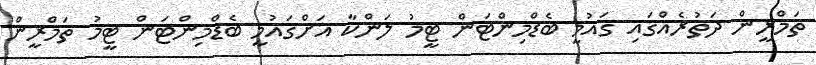
ތަމްރީން ދަތުރެއްގައި ގައުމީ ބެޑްމިންޓަން ޓީމު ލަންކާ އަށްގައުމީ ބެޑްމިންޓަން ޓީމު ތަމްރީން